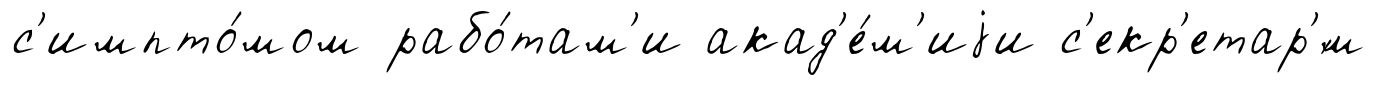
с'импто́мом рабо́там'и акад'е́м'иjи с'екр'етар'́м